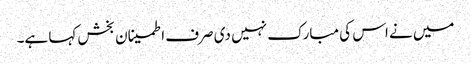
میں نے اس کی مبارک نہیں دی صرف اطمینان بخش کہا ہے۔